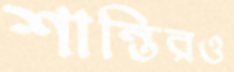
শান্তিরও